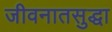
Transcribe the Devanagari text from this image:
जीवनातसुद्धा